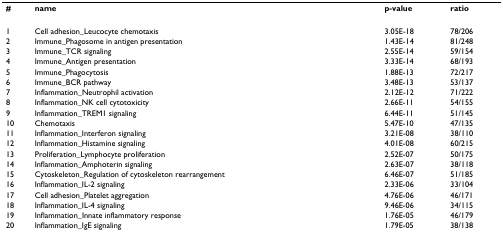
<table><thead><tr><td><b>#</b></td><td><b>name</b></td><td><b>p-value</b></td><td><b>ratio</b></td></tr></thead><tbody><tr><td>1</td><td>Cell adhesion_Leucocyte chemotaxis</td><td>3.05E-18</td><td>78/206</td></tr><tr><td>2</td><td>Immune_Phagosome in antigen presentation</td><td>1.43E-14</td><td>81/248</td></tr><tr><td>3</td><td>Immune_TCR signaling</td><td>2.55E-14</td><td>59/154</td></tr><tr><td>4</td><td>Immune_Antigen presentation</td><td>3.33E-14</td><td>68/193</td></tr><tr><td>5</td><td>Immune_Phagocytosis</td><td>1.88E-13</td><td>72/217</td></tr><tr><td>6</td><td>Immune_BCR pathway</td><td>3.48E-13</td><td>53/137</td></tr><tr><td>7</td><td>Inflammation_Neutrophil activation</td><td>2.12E-12</td><td>71/222</td></tr><tr><td>8</td><td>Inflammation_NK cell cytotoxicity</td><td>2.66E-11</td><td>54/155</td></tr><tr><td>9</td><td>Inflammation_TREM1 signaling</td><td>6.44E-11</td><td>51/145</td></tr><tr><td>10</td><td>Chemotaxis</td><td>5.47E-10</td><td>47/135</td></tr><tr><td>11</td><td>Inflammation_Interferon signaling</td><td>3.21E-08</td><td>38/110</td></tr><tr><td>12</td><td>Inflammation_Histamine signaling</td><td>4.01E-08</td><td>60/215</td></tr><tr><td>13</td><td>Proliferation_Lymphocyte proliferation</td><td>2.52E-07</td><td>50/175</td></tr><tr><td>14</td><td>Inflammation_Amphoterin signaling</td><td>2.63E-07</td><td>38/118</td></tr><tr><td>15</td><td>Cytoskeleton_Regulation of cytoskeleton rearrangement</td><td>6.46E-07</td><td>51/185</td></tr><tr><td>16</td><td>Inflammation_IL-2 signaling</td><td>2.33E-06</td><td>33/104</td></tr><tr><td>17</td><td>Cell adhesion_Platelet aggregation</td><td>4.76E-06</td><td>46/171</td></tr><tr><td>18</td><td>Inflammation_IL-4 signaling</td><td>9.46E-06</td><td>34/115</td></tr><tr><td>19</td><td>Inflammation_Innate inflammatory response</td><td>1.76E-05</td><td>46/179</td></tr><tr><td>20</td><td>Inflammation_IgE signaling</td><td>1.79E-05</td><td>38/138</td></tr></tbody></table>